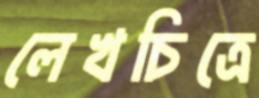
লেখচিত্রে